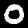
Label: 0